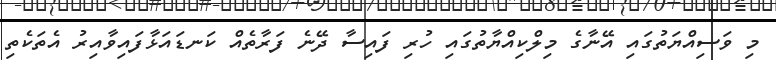
މި ވަސިއްޔަތުގައި އޭނާގެ މިލްކިއްޔާތުގައި ހުރި ފައިސާ ދޭނެ ފަރާތެއް ކަނޑައަޅާފައިވާއިރު އެތަކެތި